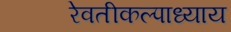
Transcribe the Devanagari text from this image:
रेवतीकल्पाध्याय